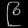
Digit: ၉